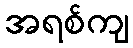
အရစ်ကျ